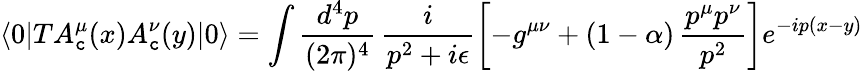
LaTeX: \langle0|TA_{\mathtt{c}}^{\mu}(x)A_{\mathtt{c}}^{\nu}(y)|0\rangle=\int\frac{{d^{4}p}}{{(2\pi)^{4}}}\, \frac{{i}}{{p^{2}+i\epsilon}}\left[-g^{\mu\nu}+(1-\alpha)\, \frac{{p^{\mu}p^{\nu}}}{{p^{2}}}\right]e^{-ip(x-y)}